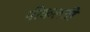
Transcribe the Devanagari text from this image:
नीकलती